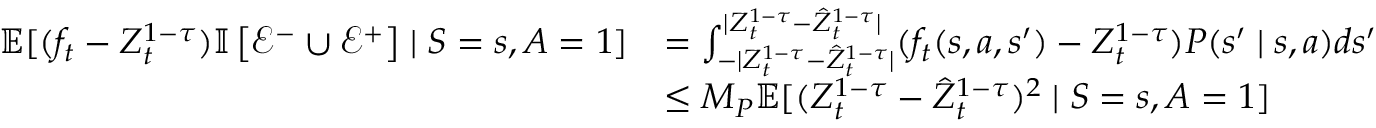
\begin{array} { r l } { \mathbb E [ ( f _ { t } - Z _ { t } ^ { 1 - \tau } ) \mathbb { I } \left[ \mathcal { E } ^ { - } \cup \mathcal { E } ^ { + } \right] \mid S = s , A = 1 ] } & { = \int _ { - | Z _ { t } ^ { 1 - \tau } - \hat { Z } _ { t } ^ { 1 - \tau } | } ^ { | Z _ { t } ^ { 1 - \tau } - \hat { Z } _ { t } ^ { 1 - \tau } | } ( f _ { t } ( s , a , s ^ { \prime } ) - Z _ { t } ^ { 1 - \tau } ) P ( s ^ { \prime } \mid s , a ) d s ^ { \prime } } \\ & { \leq M _ { P } \mathbb E [ ( Z _ { t } ^ { 1 - \tau } - \hat { Z } _ { t } ^ { 1 - \tau } ) ^ { 2 } \mid S = s , A = 1 ] } \end{array}